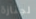
لجنازة